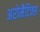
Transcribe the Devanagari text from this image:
अरोमैटिक्स